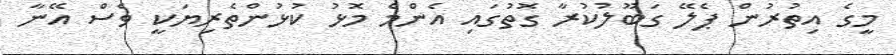
މީގެ އިތުރުން ޕެލޭ ގަބޫލުކުރާ ގޮތުގައި އެންމެ މޮޅު ކުޅުންތެރިޔަކީ ވެސް އޭނާ